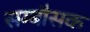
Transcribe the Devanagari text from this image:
सम्बौसक